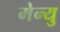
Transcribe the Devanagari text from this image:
मेन्‍यु